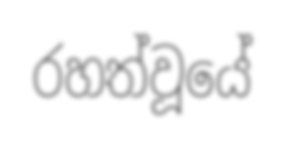
රහත්වූයේ